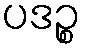
ပဒဉ္စ